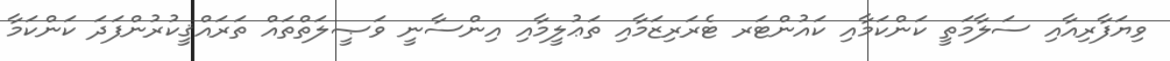
ވިޔަފާރިއާއި ސަލާމަތީ ކަންކަމާއި ކައުންޓަރ ޓެރަރިޒަމާއި ތަޢުލީމާއި އިންސާނީ ވަޞީލަތްތައް ތަރައްޤީކުރުންފަދަ ކަންކަމާ